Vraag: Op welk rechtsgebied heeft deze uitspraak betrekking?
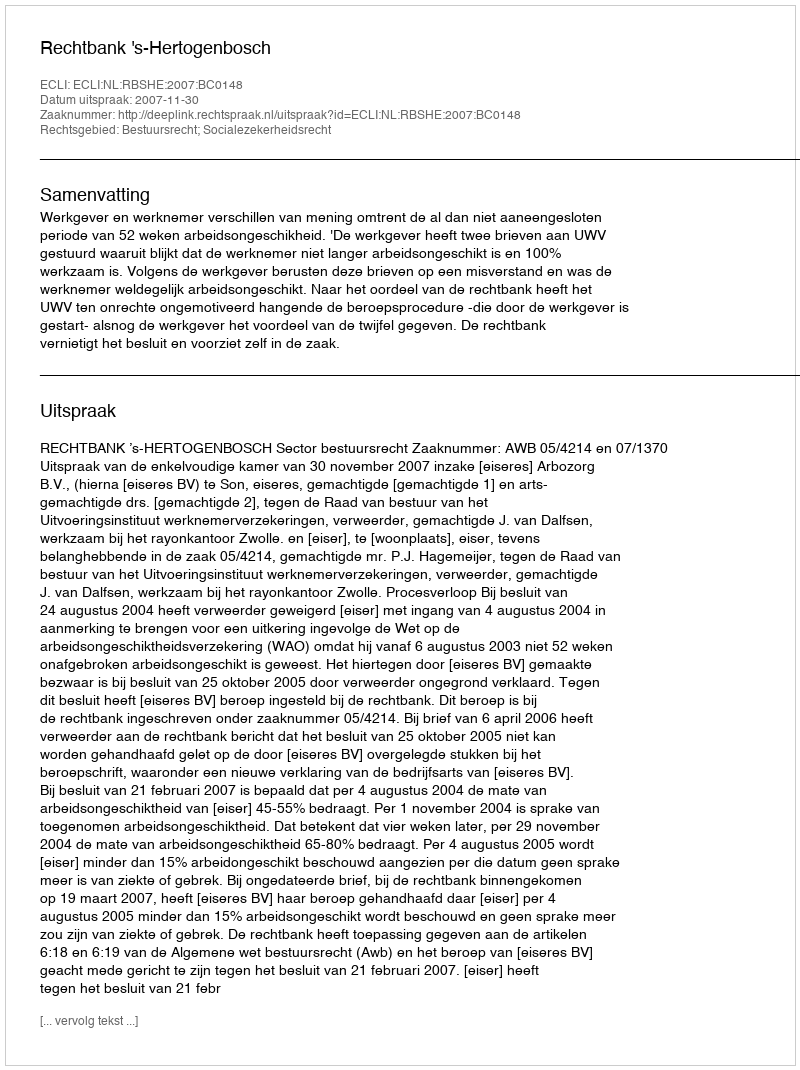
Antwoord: Bestuursrecht; Socialezekerheidsrecht